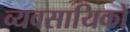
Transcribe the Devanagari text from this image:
व्यवसायिकों